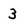
Character: 3